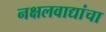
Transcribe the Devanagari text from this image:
नक्षलवाद्यांचा